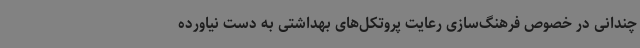
چندانی در خصوص فرهنگ‌سازی رعایت پروتکل‌های بهداشتی به دست نیاورده